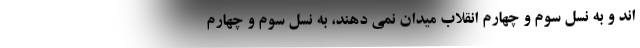
اند و به نسل سوم و چهارم انقلاب میدان نمی دهند، به نسل سوم و چهارم